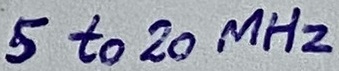
Text: 5 to 20 MHz